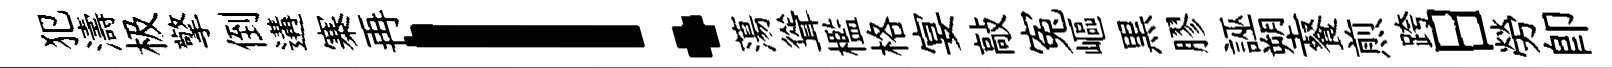
犯濤极擎倒遘寨再！蕩聳檻格宴敲寃嶇黒膠誣塑餐煎跨日勞即